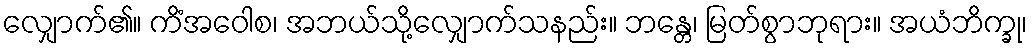
လျှောက်၏။ ကိံအဝေါစ၊ အဘယ်သို့လျှောက်သနည်း။ ဘန္တေ၊ မြတ်စွာဘုရား။ အယံဘိက္ခု၊